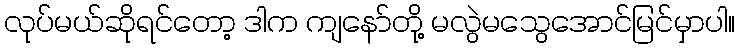
လုပ်မယ်ဆိုရင်တော့ ဒါက ကျနော်တို့ မလွဲမသွေအောင်မြင်မှာပါ။